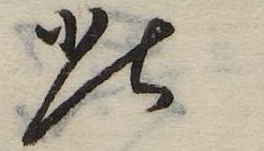
此